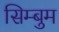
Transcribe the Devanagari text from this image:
सिम्बुम